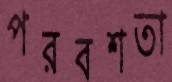
পরবশতা